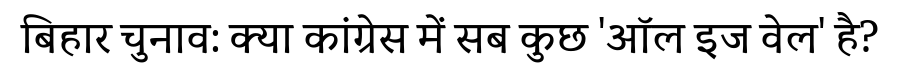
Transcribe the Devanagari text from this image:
बिहार चुनाव: क्या कांग्रेस में सब कुछ 'ऑल इज वेल' है?